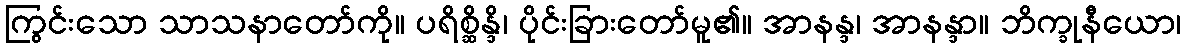
ကြွင်းသော သာသနာတော်ကို။ ပရိစ္ဆိန္ဒိ၊ ပိုင်းခြားတော်မူ၏။ အာနန္ဒ၊ အာနန္ဒာ။ ဘိက္ခုနီယော၊